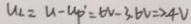
U _ { 2 } = U - U p ^ { \prime } = 6 V - 3 . 6 V \Rightarrow 4 V